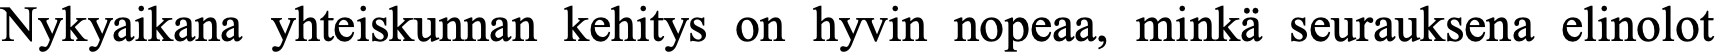
Nykyaikana yhteiskunnan kehitys on hyvin nopeaa, minkä seurauksena elinolot